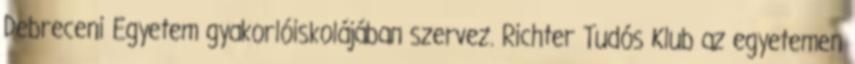
Debreceni Egyetem gyakorlóiskolájában szervez. Richter Tudós Klub az egyetemen